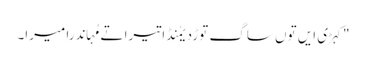
"کہڑی ایں توں ساگ توڑدیمُنڈا تیرا تے مُہاندرا میرا۔